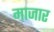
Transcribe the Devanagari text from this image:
माजार